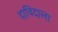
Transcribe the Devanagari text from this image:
दाविदाला